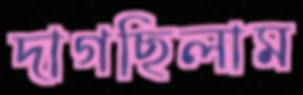
দাগছিলাম